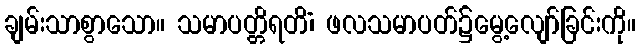
ချမ်းသာစွာသော။ သမာပတ္တိရတိံ၊ ဖလသမာပတ်၌မွေ့လျော်ခြင်းကို။